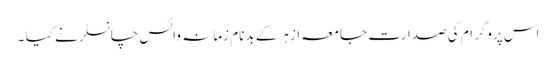
اس پروگرام کی صدارت جامعہ ازہر کے بدنام زمانہ وائس چانسلر نے کیا ۔